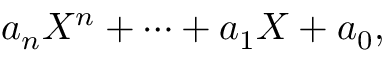
a _ { n } X ^ { n } + \dotsb + a _ { 1 } X + a _ { 0 } ,